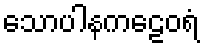
သောပါနကဠေဝရံ